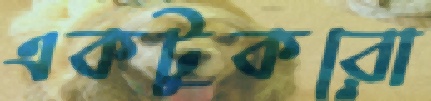
একটুকরো